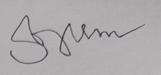
Signature authenticity: forged